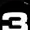
Digit: 3